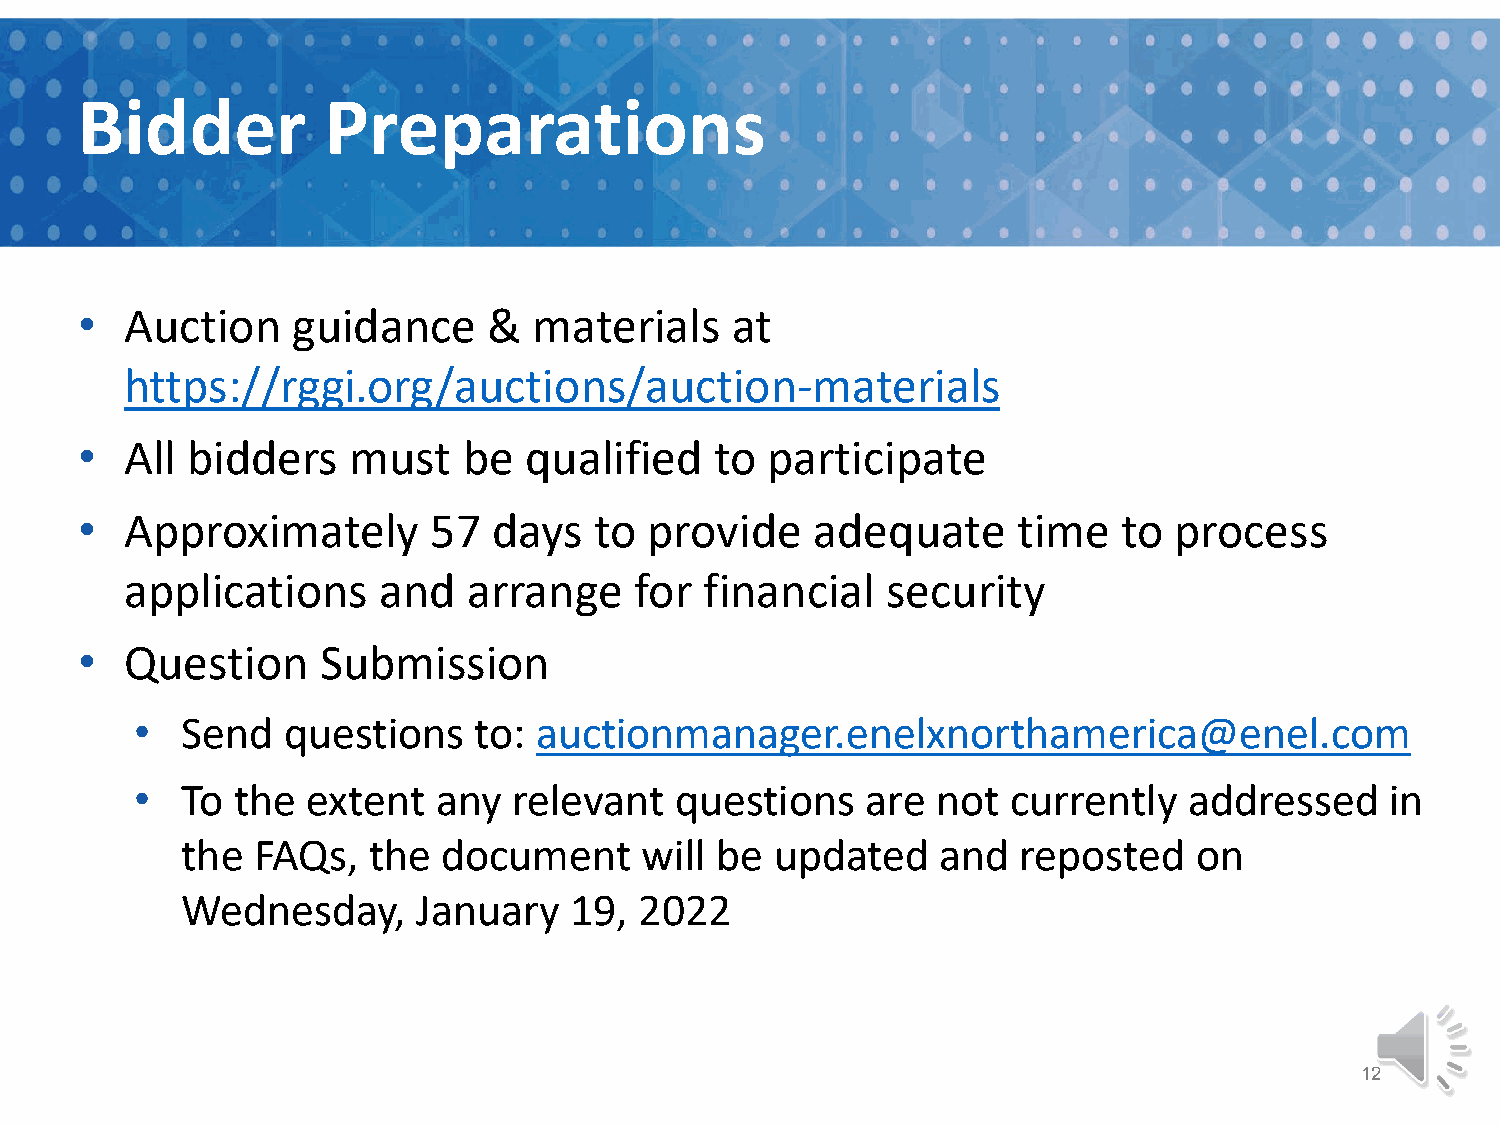
Bidder          Preparations
 •  Auction    guidance     &  materials    at
 https://rggi.org/auctions/auction-materials
 •  All bidders    must    be  qualified   to  participate
 •  Approximately       57   days  to  provide    adequate     time   to  process
 applications     and   arrange    for  financial   security
 •  Question     Submission
 •  Send   questions   to: auctionmanager.enelxnorthamerica@enel.com
 •  To  the extent   any  relevant   questions   are  not  currently   addressed    in
 the  FAQs,  the  document      will be updated    and  reposted    on
 Wednesday,      January   19, 2022
 12